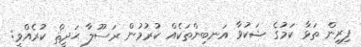
ފިރިން ތަޅާ ކަމުގެ ޝަކުވާ އަނބިންތަކެއް ކުރުމުން ރަސޫލާ ޙަދީޘް ކުރެއްވީ: